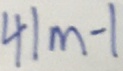
4 1 m - 1